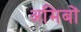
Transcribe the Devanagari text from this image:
अमिबों